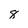
Character: 8